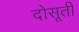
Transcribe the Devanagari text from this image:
दोसूती